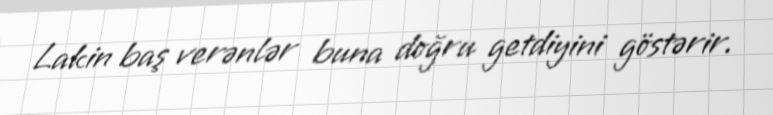
Lakin baş verənlər buna doğru getdiyini göstərir.